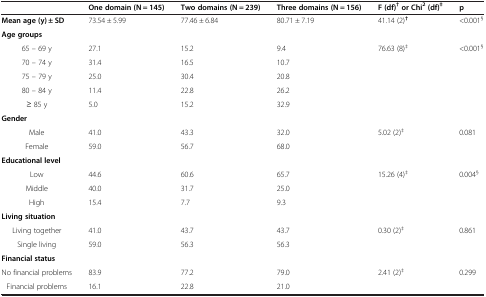
<table><thead><tr><td><b> </b></td><td><b>One domain (N = 145)</b></td><td><b>Two domains (N = 239)</b></td><td><b>Three domains (N = 156)</b></td><td><b>F (df)<sup>† </sup>or Chi<sup>2 </sup>(df)<sup>‡</sup></b></td><td><b>p</b></td></tr></thead><tbody><tr><td><b>Mean age (y) ± SD</b></td><td>73.54 ± 5.99</td><td>77.46 ± 6.84</td><td>80.71 ± 7.19</td><td>41.14 (2)<sup><b>†</b></sup></td><td>&lt;0.001<sup>§</sup></td></tr><tr><td><b>Age groups</b></td><td> </td><td> </td><td> </td><td> </td><td> </td></tr><tr><td>65 – 69 y</td><td>27.1</td><td>15.2</td><td>9.4</td><td>76.63 (8)<sup>‡</sup></td><td>&lt;0.001<sup>§</sup></td></tr><tr><td>70 – 74 y</td><td>31.4</td><td>16.5</td><td>10.7</td><td> </td><td> </td></tr><tr><td>75 – 79 y</td><td>25.0</td><td>30.4</td><td>20.8</td><td> </td><td> </td></tr><tr><td>80 – 84 y</td><td>11.4</td><td>22.8</td><td>26.2</td><td> </td><td> </td></tr><tr><td>≥ 85 y</td><td>5.0</td><td>15.2</td><td>32.9</td><td> </td><td> </td></tr><tr><td><b>Gender</b></td><td> </td><td> </td><td> </td><td> </td><td> </td></tr><tr><td>Male</td><td>41.0</td><td>43.3</td><td>32.0</td><td>5.02 (2)<sup>‡</sup></td><td>0.081</td></tr><tr><td>Female</td><td>59.0</td><td>56.7</td><td>68.0</td><td> </td><td> </td></tr><tr><td><b>Educational level</b></td><td> </td><td> </td><td> </td><td> </td><td> </td></tr><tr><td>Low</td><td>44.6</td><td>60.6</td><td>65.7</td><td>15.26 (4)<sup>‡</sup></td><td>0.004<sup>§</sup></td></tr><tr><td>Middle</td><td>40.0</td><td>31.7</td><td>25.0</td><td> </td><td> </td></tr><tr><td>High</td><td>15.4</td><td>7.7</td><td>9.3</td><td> </td><td> </td></tr><tr><td><b>Living situation</b></td><td> </td><td> </td><td> </td><td> </td><td> </td></tr><tr><td>Living together</td><td>41.0</td><td>43.7</td><td>43.7</td><td>0.30 (2)<sup>‡</sup></td><td>0.861</td></tr><tr><td>Single living</td><td>59.0</td><td>56.3</td><td>56.3</td><td> </td><td> </td></tr><tr><td><b>Financial status</b></td><td> </td><td> </td><td> </td><td> </td><td> </td></tr><tr><td>No financial problems</td><td>83.9</td><td>77.2</td><td>79.0</td><td>2.41 (2)<sup>‡</sup></td><td>0.299</td></tr><tr><td>Financial problems</td><td>16.1</td><td>22.8</td><td>21.0</td><td> </td><td> </td></tr></tbody></table>